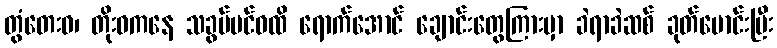
တွံတေးဝ၊ တိုးဝကနေ သခွပ်ပင်ဝထိ ရောက်အောင် ချောင်းတွေကြားမှာ ခဲရာခဲဆစ် ခုတ်မောင်းပြီး